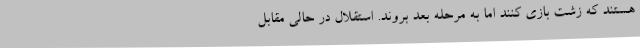
هستند که زشت بازی کنند اما به مرحله بعد بروند. استقلال در حالی مقابل